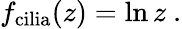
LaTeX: f_{\mathrm{cilia}}(z)=\ln z\ .